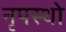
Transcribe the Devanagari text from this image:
नृपस्थो